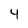
Character: 4